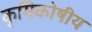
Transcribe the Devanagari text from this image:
कृमिकोषीय